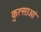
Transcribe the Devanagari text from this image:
कुत्साओं